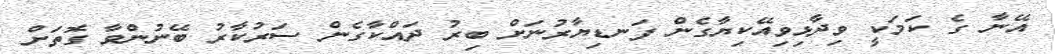
އޭނާ ގެ ކަމަކީ ވިދާޅިވިއޭކިޔާގެން ފަނޑިޔާރުނަށް ބިރު ދައްކާގެން ސަރުކާރު ބޭނުންވާ ގޮތަށް